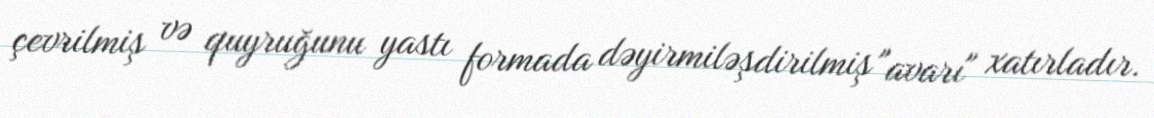
çevrilmiş və quyruğunu yastı formada dəyirmiləşdirilmiş "avarı" xatırladır.